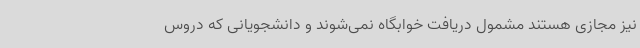
نیز مجازی هستند مشمول دریافت خوابگاه نمی‌شوند و دانشجویانی که دروس